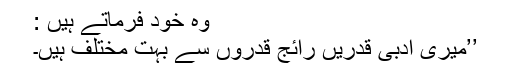
وہ خود فرماتے ہیں :
’’میری ادبی قدریں رائج قدروں سے بہت مختلف ہیں۔